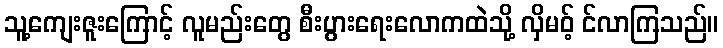
သူ့ကျေးဇူးကြောင့် လူမည်းတွေ စီးပွားရေးလောကထဲသို့ လှိမဝ့် င်လာကြသည်။